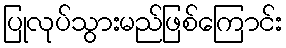
ပြုလုပ်သွားမည်ဖြစ်ကြောင်း